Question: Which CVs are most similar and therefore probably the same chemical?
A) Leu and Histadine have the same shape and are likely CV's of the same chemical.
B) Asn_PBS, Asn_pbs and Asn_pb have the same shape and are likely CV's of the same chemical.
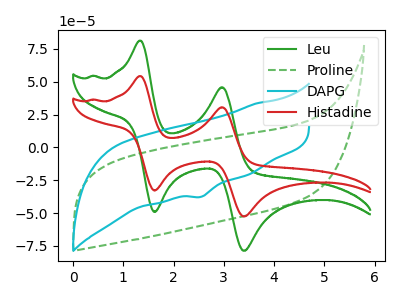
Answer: <think>The green curve "Leu" has anodic peaks at (1.35V, 81.15uA) (2.95V, 45.70uA) and cathodic peaks at (1.60V, -49.05uA) (3.40V, -78.65uA). The green dashed curve "Proline" has no peaks. The cyan curve "DAPG" has a cathodic peak at: (2.55V, -37.50uA). The red curve "Histadine" has anodic peaks at (1.35V, 54.20uA) (2.95V, 30.55uA) and cathodic peaks at (1.60V, -32.75uA) (3.40V, -52.50uA).
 "Leu" and "Proline" have a different number of peaks. "Leu" and "DAPG" have a different number of peaks. All the peaks in "Leu" have a peak in "Histadine" at the same potential. Every peak in "Leu" is higher than every peak in "Histadine". "Proline" and "DAPG" have a different number of peaks. "Proline" and "Histadine" have a different number of peaks. "DAPG" and "Histadine" have a different number of peaks.</think>
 <answer>A) "Leu" and "Histadine" have the same shape and are likely CV's of the same chemical.</answer>
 <eval>A</eval>